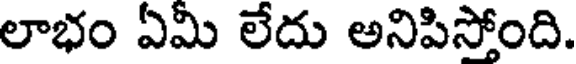
లాభం ఏమీ లేదు అనిపిస్తోంది.